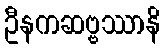
ဦနကဆဗ္ဗဿာနိ